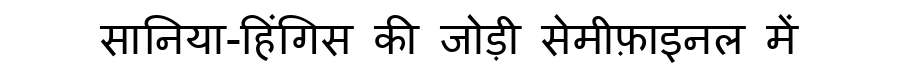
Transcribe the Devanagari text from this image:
सानिया-हिंगिस की जोड़ी सेमीफ़ाइनल में